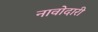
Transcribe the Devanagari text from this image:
नावोदारी